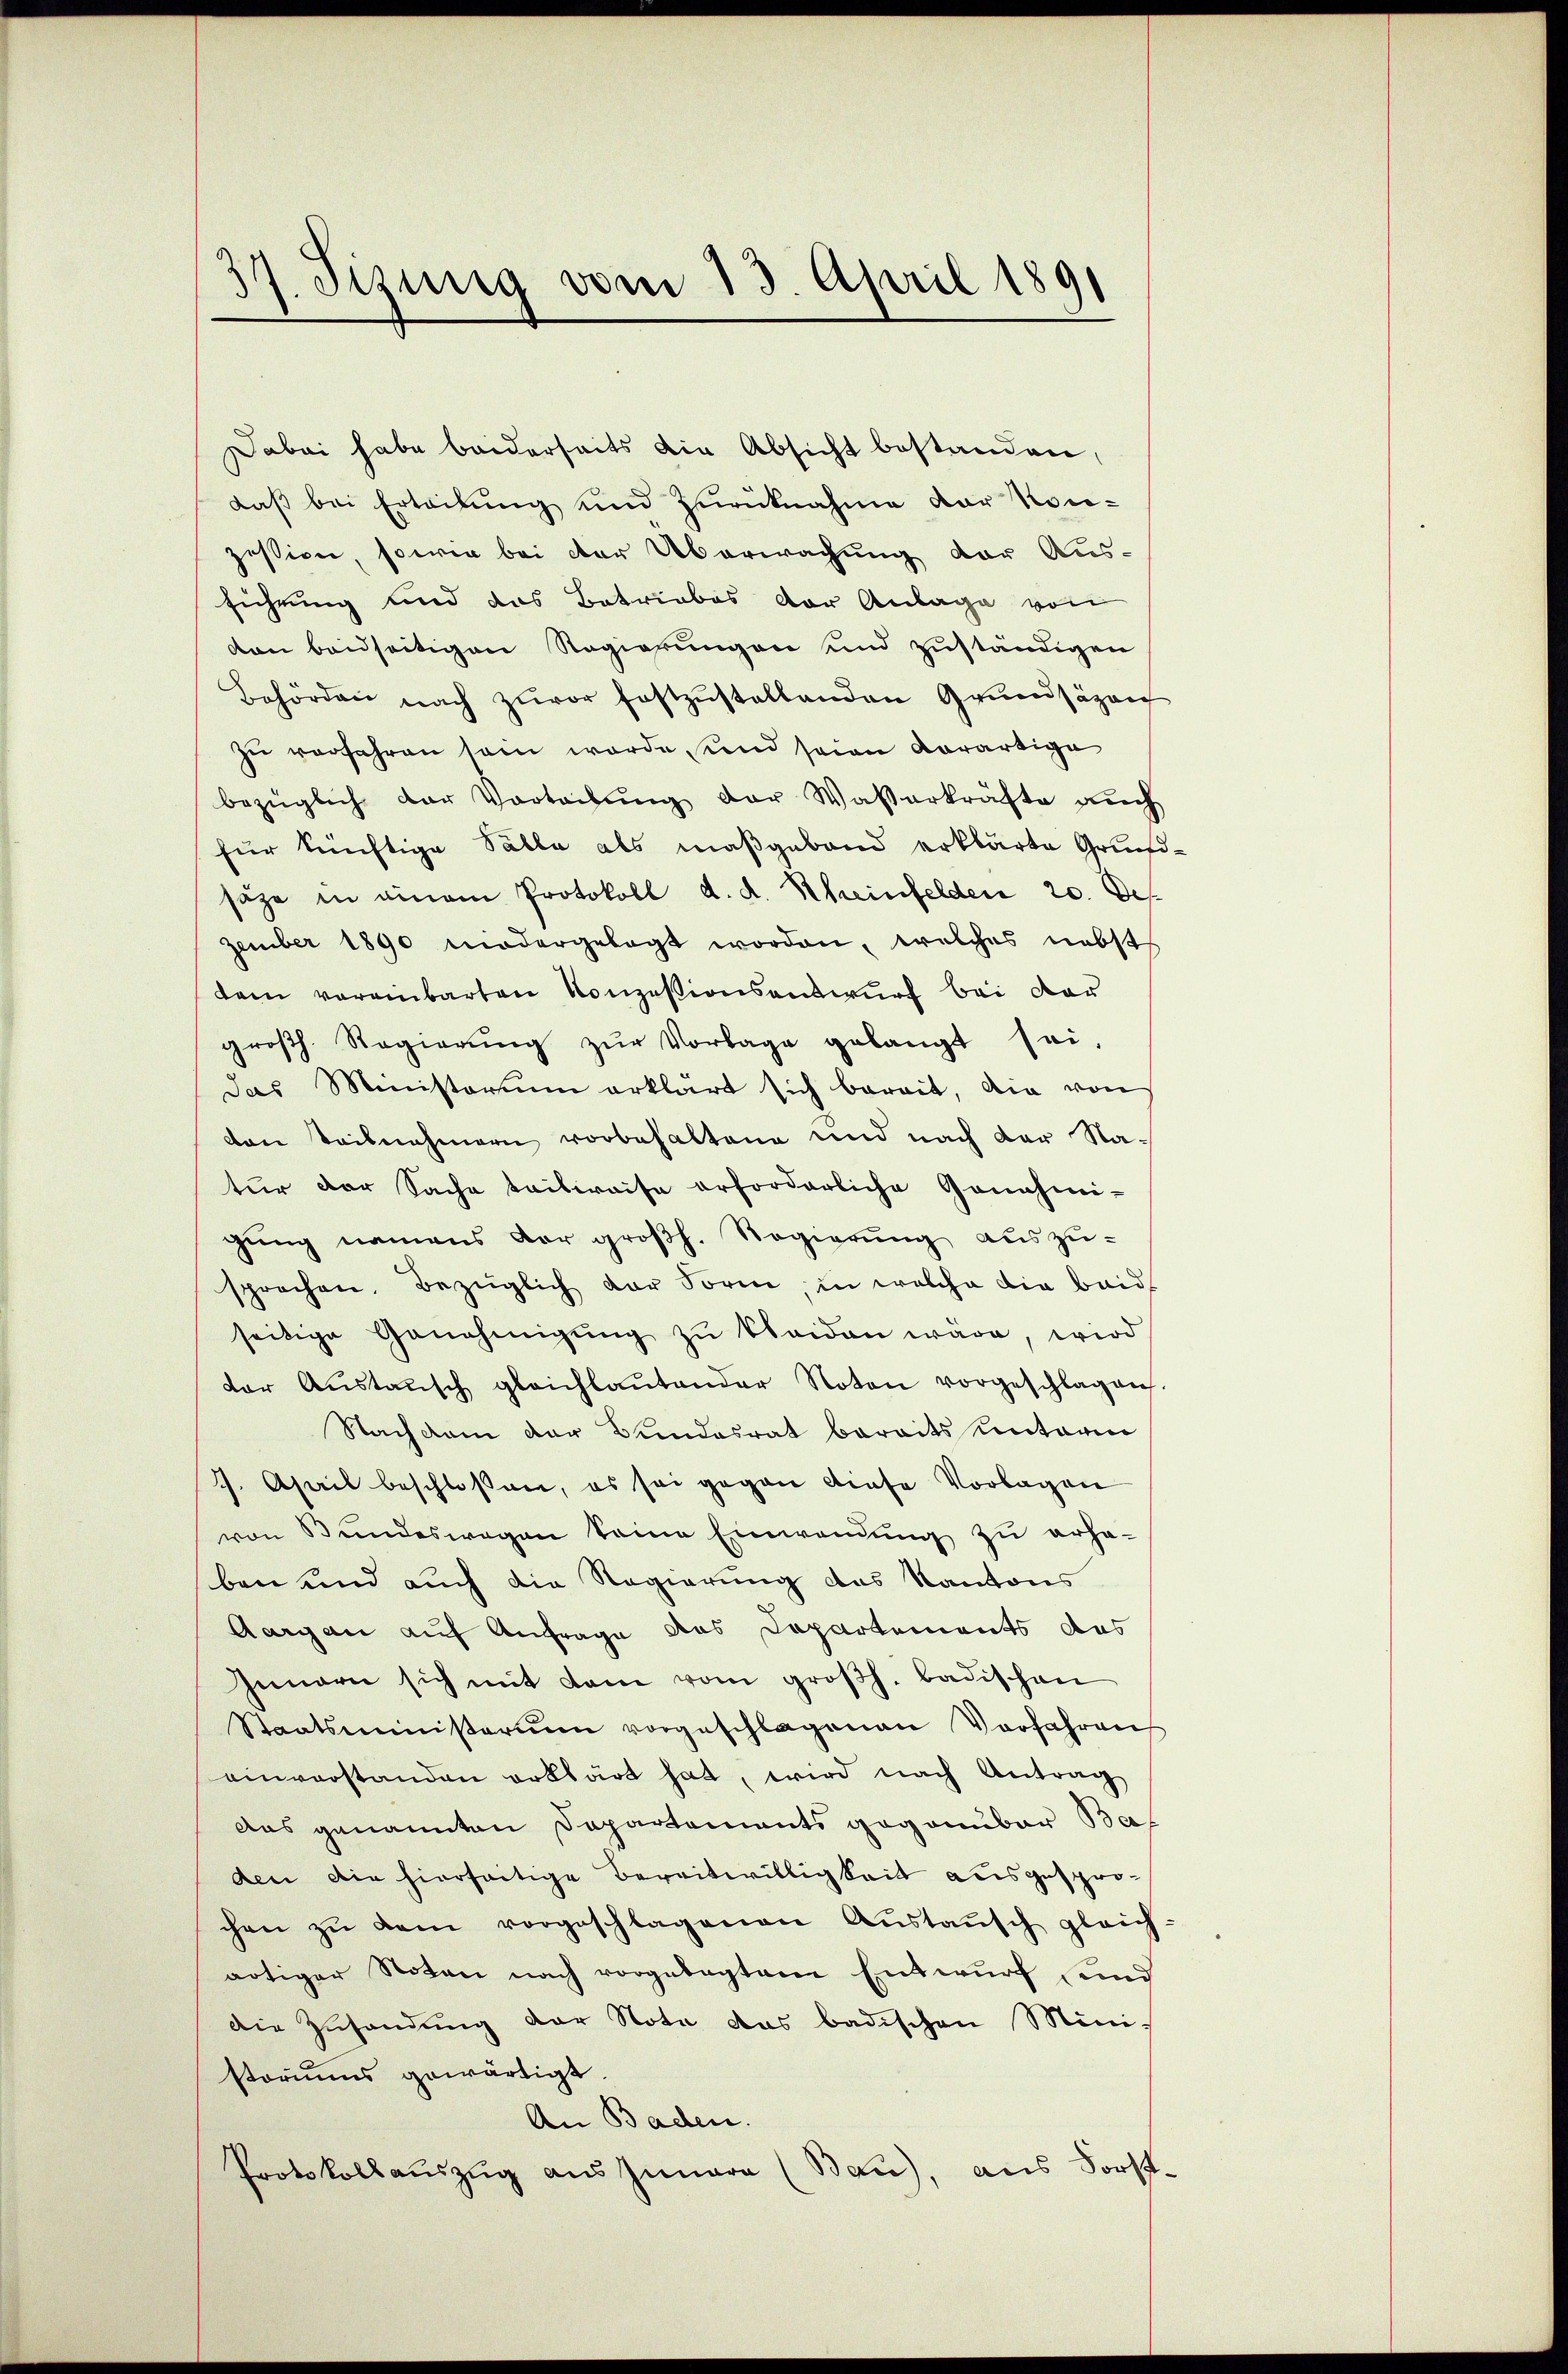
17. Jezung vom 13. April 1891

Dabei habe beiderseits die Absicht bestanden,
daß bei Erteilung und Zurücknahme der Kon-
zession, sowie bei der Überwachung der Aus-
führung und das Betriebes der Anlage von
don beidseitigen Regierungen und zuständigen
Behörden nach zuvor festzŭstellenden Grundsäzen
zu verfahren sein werde sind seien derartige
bezüglich der Vorteilŭng der Waßerkräfte aŭch
für künftige Sälle als maßgeband erklärte Grundsäze in einem Protokoll d. d. Rheinfelden 20. Des
zember 1890 niedergelegt worden, welches nebst
dem voreinbarten Konzesionsauswurf bei dar
groβh. Regierŭng zŭr Vorlage gelangt sei,
das Ministerium erklärt sich bereit, die von
den teilnehmern vorbehaltene und nach der Natur der Sache teilweise erforderliche Genehmi-
gung namens der großh. Regierung auszusprochen. Bezüglich der Form, in welche die baid
seitige Genehmigŭng zŭ kleiden wäre, wird
der Aŭstaŭsch gleichlaŭtender Noten vorgeschlagen.
Nachdem der Bundesrat bereits unterm
. Aseil beschlossen, es sei gegen diese Vorlagen
von Bundeswegen keine Einwendung zu erhaben und auch die Regierung des Kantons
Aargau auf Anfrage das Departements das
Ienare sich mit dem vom groβh. badischen
Staatsministerium vorgeschlagenen Vorfahren
einverstanden erklärt hat, wird nach Antrag
Aus genannten Departements gegannbar Ba
den die hierseitige Bereitwilligkeit ausgesprochen zŭ dem vorgeschlagenen Aŭstaŭsch gleich-
artiger Noten nach vorgelegtem Entwurf und
die Zusendung der Nota das badischen Mini-
storiums gewärtigt.
An Baden.
Protokollsauszug aus Iunara (Bau), aus Forst-